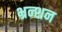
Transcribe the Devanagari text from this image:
भ्रन्शन